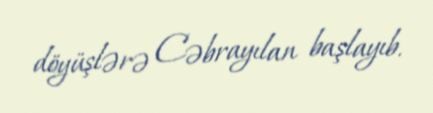
döyüşlərə Cəbrayılan başlayıb.